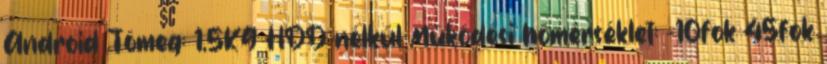
Android Tömeg: 1,5KG HDD nélkül Működési hőmérséklet: -10fok 45fok